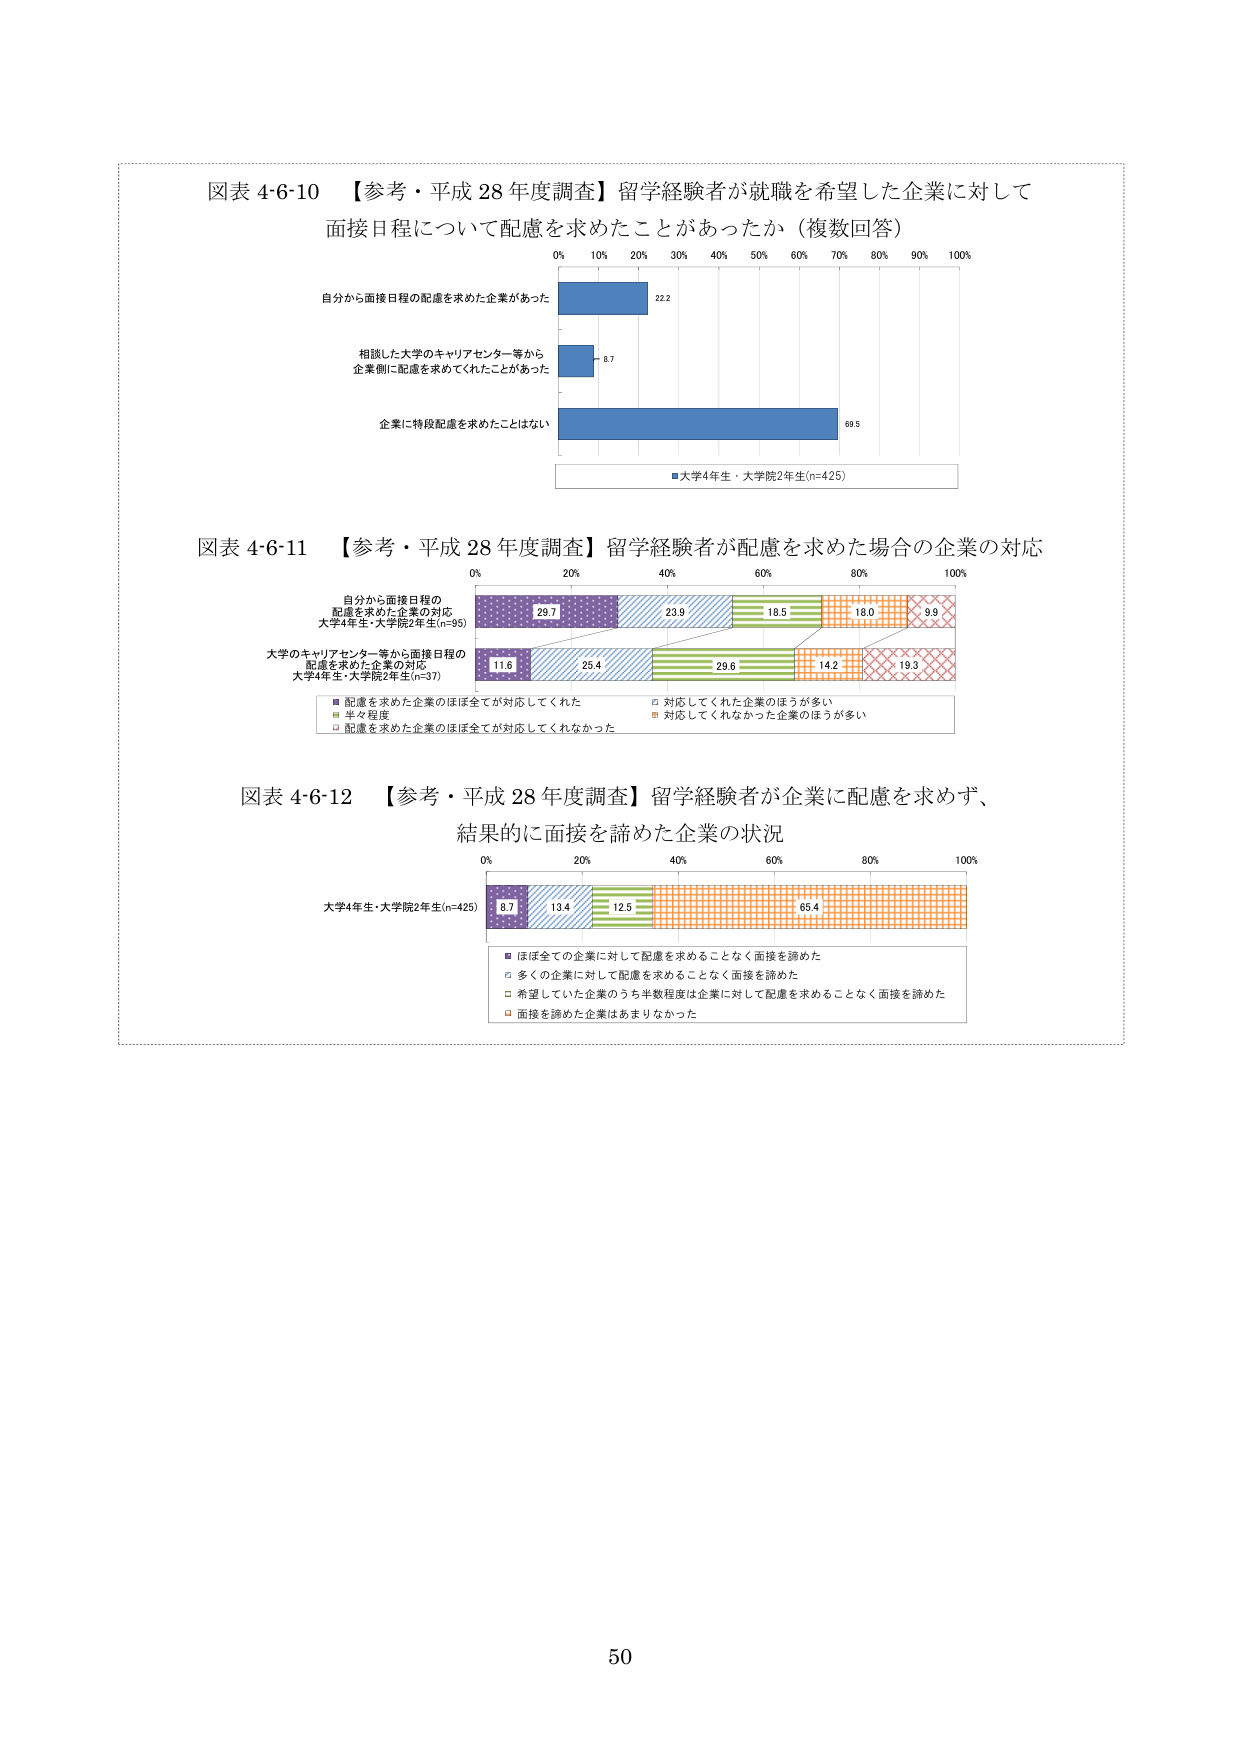
図表 4-6-10 【参考・平成 28 年度調査】留学経験者が就職を希望した企業に対して
面接日程について配慮を求めたことがあったか（複数回答）

0% 10% 20% 30% 40% 50% 60% 70% 80% 90% 100%

自分から面接日程の配慮を求めた企業があった
22.2

相談した大学のキャリアセンター等から
企業側に配慮を求めてくれたことがあった
8.7

企業に特段配慮を求めたことはない
69.5

■大学4年生・大学院2年生(n=425)

図表 4-6-11 【参考・平成 28 年度調査】留学経験者が配慮を求めた場合の企業の対応

0% 20% 40% 60% 80% 100%

自分から面接日程の
配慮を求めた企業の対応
大学4年生・大学院2年生(n=95)
29.7 23.9 18.5 18.0 9.9

大学のキャリアセンター等から面接日程の
配慮を求めた企業の対応
大学4年生・大学院2年生(n=37)
11.6 25.4 29.6 14.2 19.3

■ 配慮を求めた企業のほぼ全てが対応してくれた
□ 対応してくれた企業のほうが多いため
■ 半々程度
■ 対応してくれなかった企業のほうが多いため
□ 配慮を求めた企業のほぼ全てが対応してくれなかった

図表 4-6-12 【参考・平成 28 年度調査】留学経験者が企業に配慮を求めず、
結果的に面接を諦めた企業の状況

0% 20% 40% 60% 80% 100%

大学4年生・大学院2年生(n=425)
8.7 13.4 12.5 65.4

■ ほぼ全ての企業に対して配慮を求めることなく面接を諦めた
□ 多くの企業に対して配慮を求めることなく面接を諦めた
□ 希望していた企業のうち半数程度は企業に対して配慮を求めることなく面接を諦めた
□ 面接を諦めた企業はあまりなかった

50